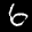
Digit: 6